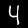
Digit: 4